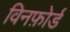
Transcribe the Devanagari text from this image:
विनफ़ोर्ड